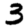
Digit: 3